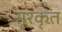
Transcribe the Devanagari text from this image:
सूरकृत